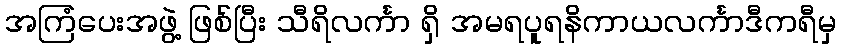
အကြံပေးအဖွဲ့ ဖြစ်ပြီး သီရိလင်္ကာ ရှိ အမရပူရနိကာယလင်္ကာဒီကရီမှ